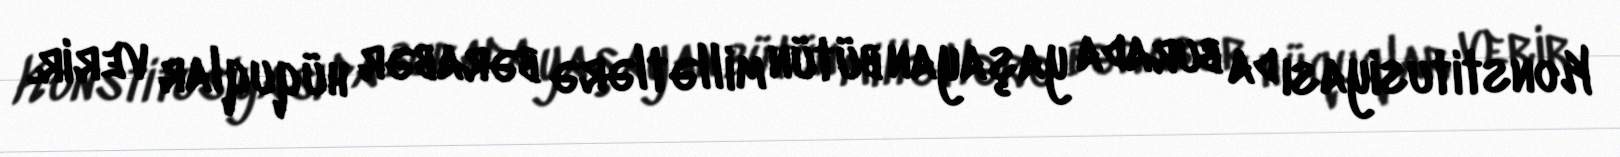
Konstitusiyası da burada yaşayan bütün millətlərə bərabər hüquqlar verir.